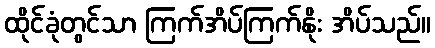
ထိုင်ခုံတွင်သာ ကြက်အိပ်ကြက်နိုး အိပ်သည်။